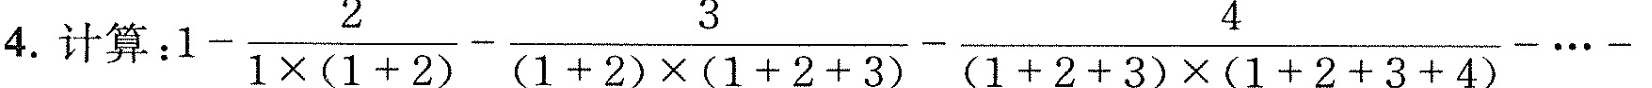
4.计算：1-( $$\frac{2}{1+ \times（1+2）-\frac{3}{1+2} \times（1+2+3）- \frac{4}{1+2+3}\times 1+2+3+4)$$ -…-